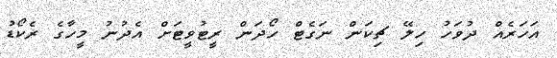
އަހަރެއް ދުވަހު ހިލޭ ޗިކަން ނަގެޓް ހޯދަން ރީޓުވީޓަށް އެދުނު މީހާގެ ރެކޯޑު